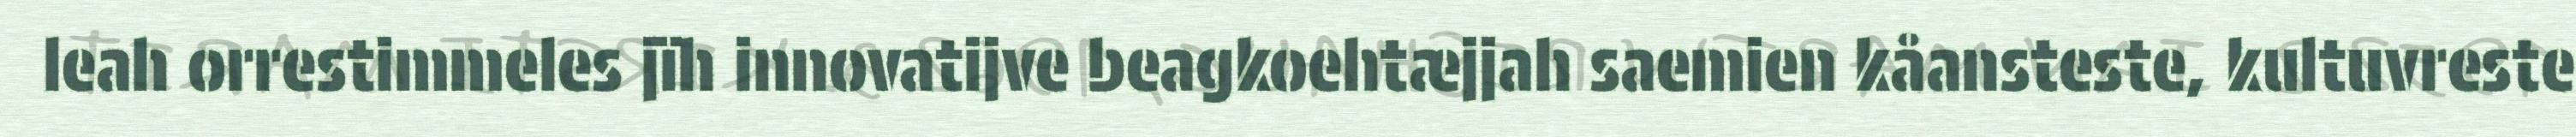
leah orrestimmeles jïh innovatijve beagkoehtæjjah saemien kåansteste, kultuvreste